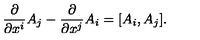
{ \frac { \partial } { \partial x ^ { i } } } A _ { j } - { \frac { \partial } { \partial x ^ { j } } } A _ { i } = [ A _ { i } , A _ { j } ] .